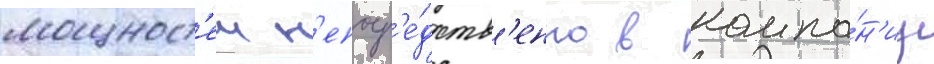
мощност'еи н'епоср'е́дств'енно в компа́н'иу